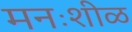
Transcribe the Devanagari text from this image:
मनःशीळ